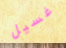
غسيل